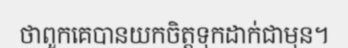
ថាពួកគេបានយកចិត្តទុកដាក់ជាមុន។